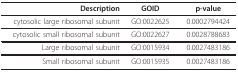
<table><thead><tr><td><b>Description</b></td><td><b>GOID</b></td><td><b>p-value</b></td></tr></thead><tbody><tr><td>cytosolic large ribosomal subunit</td><td>GO:0022625</td><td>0.0002794424</td></tr><tr><td>cytosolic small ribosomal subunit</td><td>GO:0022627</td><td>0.0028788683</td></tr><tr><td>Large ribosomal subunit</td><td>GO:0015934</td><td>0.0027483186</td></tr><tr><td>Small ribosomal subunit</td><td>GO:0015935</td><td>0.0027483186</td></tr></tbody></table>